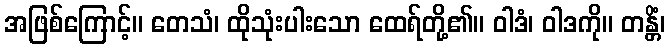
အဖြစ်ကြောင့်။ တေသံ၊ ထိုသုံးပါးသော ထေရ်တို့၏။ ဝါဒံ၊ ဝါဒကို။ တန္တိံ၊